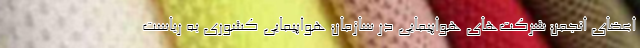
اعضای انجمن شرکت‌های هواپیمایی در سازمان هواپیمایی کشوری به ریاست